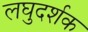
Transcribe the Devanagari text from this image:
लघुदर्शक